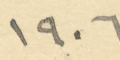
١٩٠٦